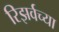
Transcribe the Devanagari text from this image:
रिझर्वच्या